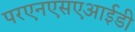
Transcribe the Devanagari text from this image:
परएनएसएआईडी